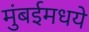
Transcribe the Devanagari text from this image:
मुंबईमधये